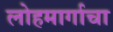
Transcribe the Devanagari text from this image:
लोहमार्गाचा